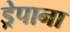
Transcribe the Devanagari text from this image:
ड्रेपाना